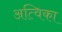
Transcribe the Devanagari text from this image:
अत्विका